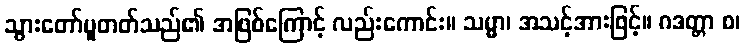
သွားတော်မူတတ်သည်၏ အဖြစ်ကြောင့် လည်းကောင်း။ သမ္မာ၊ အသင့်အားဖြင့်။ ဂဒတ္တာ စ၊